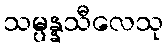
သမ္ပန္နသီလေသု